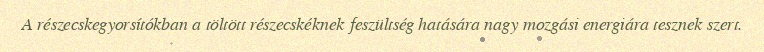
A részecskegyorsítókban a töltött részecskéknek feszültség hatására nagy mozgási energiára tesznek szert.